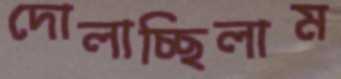
দোলাচ্ছিলাম